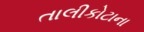
તાલીકોટાના